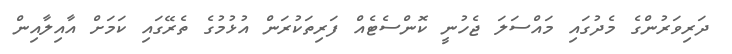
ދަރިވަރުންގެ މެދުގައި މައްސަލަ ޖެހުނީ ކޮންސެޓެއް ފަރިތަކުރަން އުޅުމުގެ ތެރޭގައި ކަމަށް އާއިލާއިން